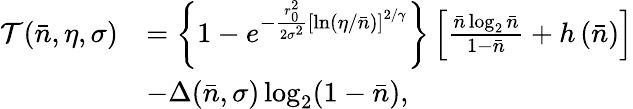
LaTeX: \begin{array}{rl}{\mathcal{T}(\bar{n},\eta,\sigma)}&{=\left\{ 1-e^{-\frac{r_{0}^{2}}{2\sigma^{2}}\left[\ln\left(\eta/\bar{n}\right)\right]^{2/\gamma}}\right\} \left[\frac{\bar{n}\log_{2}\bar{n}}{1-\bar{n}}+h\left(\bar{n}\right)\right]}\\ &{-\Delta(\bar{n},\sigma)\log_{2}(1-\bar{n}),}\end{array}